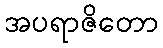
အပရာဇိတော